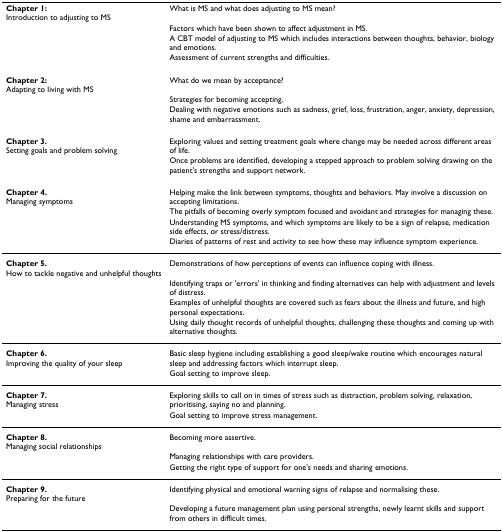
| Chapter 1:Introduction to adjusting to MS | What is MS and what does adjusting to MS mean? |
 |  | Factors which have been shown to affect adjustment in MS. |
 |  | A CBT model of adjusting to MS which includes interactions between thoughts, behavior, biology and emotions. |
 |  | Assessment of current strengths and difficulties. |
 | --- | --- |
 | Chapter 2:Adapting to living with MS | What do we mean by acceptance? |
 |  | Strategies for becoming accepting. |
 |  | Dealing with negative emotions such as sadness, grief, loss, frustration, anger, anxiety, depression, shame and embarrassment. |
 | Chapter 3.Setting goals and problem solving | Exploring values and setting treatment goals where change may be needed across different areas of life. |
 |  | Once problems are identified, developing a stepped approach to problem solving drawing on the patient's strengths and support network. |
 | Chapter 4.Managing symptoms | Helping make the link between symptoms, thoughts and behaviors. May involve a discussion on accepting limitations. |
 |  | The pitfalls of becoming overly symptom focused and avoidant and strategies for managing these. |
 |  | Understanding MS symptoms, and which symptoms are likely to be a sign of relapse, medication side effects, or stress/distress. |
 |  | Diaries of patterns of rest and activity to see how these may influence symptom experience. |
 | Chapter 5.How to tackle negative and unhelpful thoughts | Demonstrations of how perceptions of events can influence coping with illness. |
 |  | Identifying traps or 'errors' in thinking and finding alternatives can help with adjustment and levels of distress. |
 |  | Examples of unhelpful thoughts are covered such as fears about the illness and future, and high personal expectations. |
 |  | Using daily thought records of unhelpful thoughts, challenging these thoughts and coming up with alternative thoughts. |
 | Chapter 6.Improving the quality of your sleep | Basic sleep hygiene including establishing a good sleep/wake routine which encourages natural sleep and addressing factors which interrupt sleep. |
 |  | Goal setting to improve sleep. |
 | Chapter 7.Managing stress | Exploring skills to call on in times of stress such as distraction, problem solving, relaxation, prioritising, saying no and planning. |
 |  | Goal setting to improve stress management. |
 | Chapter 8.Managing social relationships | Becoming more assertive. |
 |  | Managing relationships with care providers. |
 |  | Getting the right type of support for one's needs and sharing emotions. |
 | Chapter 9.Preparing for the future | Identifying physical and emotional warning signs of relapse and normalising these. |
 |  | Developing a future management plan using personal strengths, newly learnt skills and support from others in difficult times. |